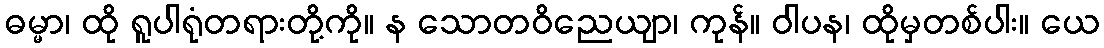
ဓမ္မာ၊ ထို ရူပါရုံတရားတို့ကို။ န သောတဝိညေယျာ၊ ကုန်။ ဝါပန၊ ထိုမှတစ်ပါး။ ယေ